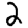
Digit: 2